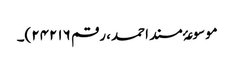
موسوعۂ مسند احمد، رقم ۲۴۲۱۶)۔